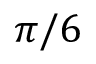
\pi / 6